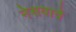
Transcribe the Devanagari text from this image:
नेसवावे